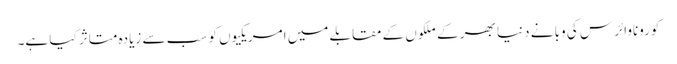
کوروناوائرس کی وبا نے دنیا بھر کے ملکوں کے مقابلے میں امریکیوں کو سب سے زیادہ متاثر کیا ہے۔